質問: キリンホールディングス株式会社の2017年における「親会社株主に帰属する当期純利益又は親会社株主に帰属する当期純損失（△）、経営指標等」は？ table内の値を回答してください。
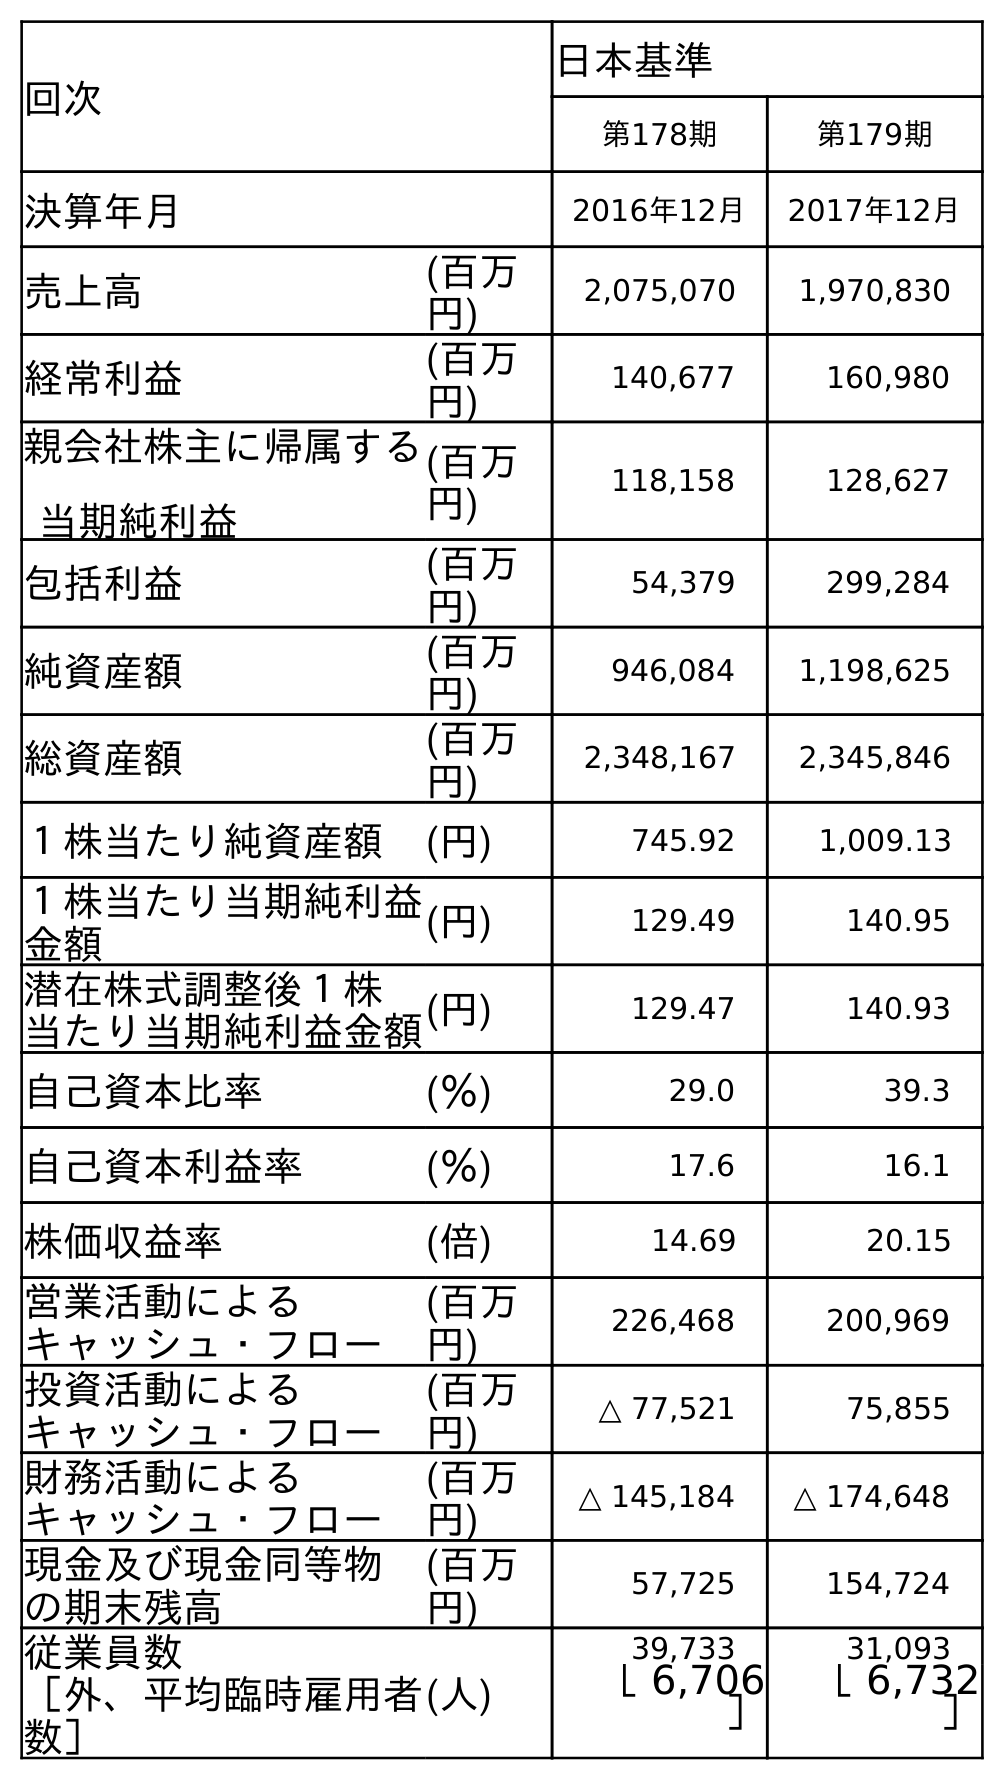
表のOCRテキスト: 回次 日本基準 第178期 第179期 決算年月 2016年12月 2017年12月 売上高 (百万 円) 2,075,070 1,970,830 経常利益 (百万 円) 140,677 160,980 親会社株主に帰属する 当期純利益 (百万 円) 118,158 128,627 包括利益 (百万 円) 54,379 299,284 純資産額 (百万 円) 946,084 1,198,625 総資産額 (百万 円) 2,348,167 2,345,846 １株当たり純資産額 (円) 745.92 1,009.13 １株当たり当期純利益 金額 (円) 129.49 140.95 潜在株式調整後１株 当たり当期純利益金額(円) 129.47 140.93 自己資本比率 (％) 29.0 39.3 自己資本利益率 (％) 17.6 16.1 株価収益率 (倍) 14.69 20.15 営業活動による キャッシュ・フロー (百万 円) 226,468 200,969 投資活動による キャッシュ・フロー (百万 円) △ 77,521 75,855 財務活動による キャッシュ・フロー (百万 円) △ 145,184 △ 174,648 現金及び現金同等物 の期末残高 (百万 円) 57,725 154,724 従業員数 ［外、平均臨時雇用者 数］ (人) 39,733 31,093 ［ 6,706 ］ ［ 6,732 ］
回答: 128,627